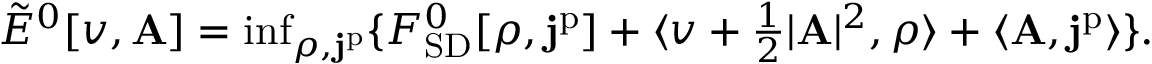
\begin{array} { r } { \tilde { E } ^ { 0 } [ v , \mathbf { A } ] = \operatorname* { i n f } _ { \rho , \mathbf { j } ^ { \mathrm { p } } } \{ F _ { \mathrm { S D } } ^ { 0 } [ \rho , \mathbf { j } ^ { \mathrm { p } } ] + \langle v + \frac { 1 } { 2 } | \mathbf { A } | ^ { 2 } , \rho \rangle + \langle \mathbf { A } , \mathbf { j } ^ { \mathrm { p } } \rangle \} . } \end{array}